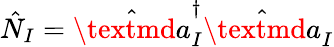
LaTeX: \hat{N}_{I}=\hat{\textmd a}_{I}^{\dagger}\hat{\textmd a}_{I}